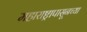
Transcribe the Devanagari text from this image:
महाराष्ट्रापासूनच्या